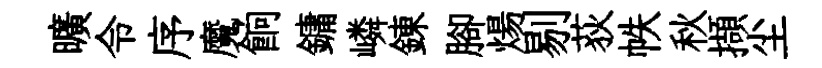
曠令序魔餉鏞嶙錬腳煬剔荻帙秋擷尘